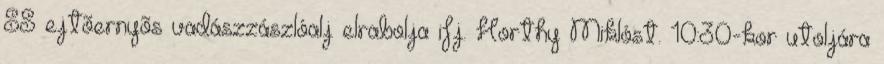
SS ejtõernyõs vadászzászlóalj elrabolja ifj. Horthy Miklóst. 10:30-kor utoljára